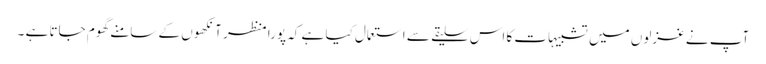
آپ نے غزلوں میں تشبیہات کا اس سلیقے سے استعمال کیا ہے کہ پورا منظر آنکھوں کے سامنے گھوم جاتا ہے ۔